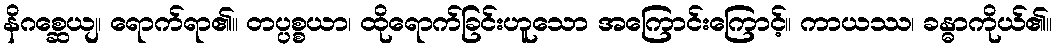
နိဂစ္ဆေယျ၊ ရောက်ရာ၏။ တပ္ပစ္စယာ၊ ထိုရောက်ခြင်းဟူသော အကြောင်းကြောင့်။ ကာယဿ၊ ခန္ဓာကိုယ်၏။